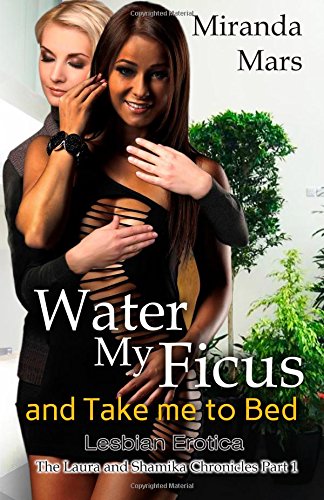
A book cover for Water My Ficus: and Take me to Bed; Miranda Mars; Romance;